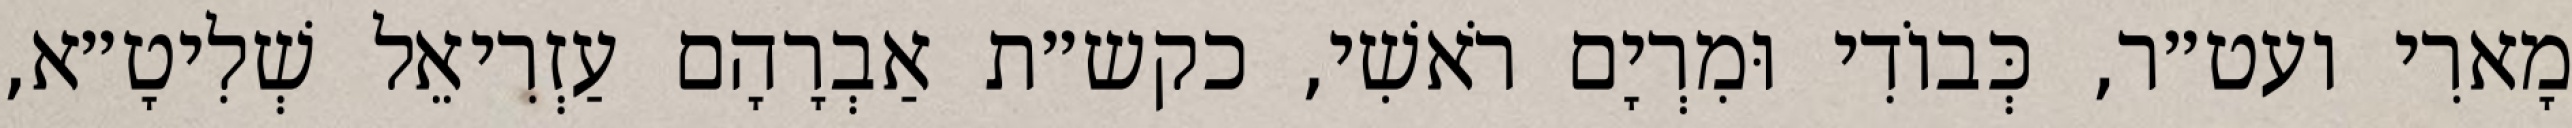
מָארִי ועט״ר, כְּבוֹדִי וּמִרְיָם רֹאשִׁי, כקש״ת אַבְרָהָם עַזְרִיאֵל שְׁלִיטָ״א,